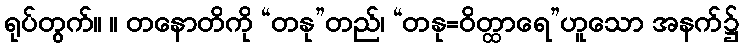
ရုပ်တွက်။ ။ တနောတိကို “တနု”တည်၊ “တနု=ဝိတ္ထာရေ”ဟူသော အနက်၌